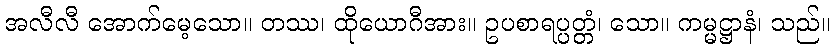
အလီလီ အောက်မေ့သော။ တဿ၊ ထိုယောဂီအား။ ဥပစာရပ္ပတ္တံ၊ သော။ ကမ္မဋ္ဌာနံ၊ သည်။